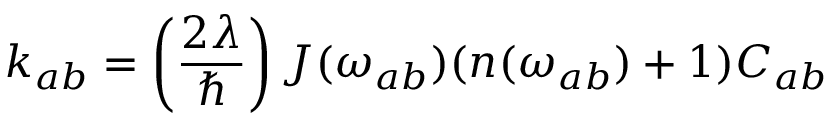
k _ { a b } = \left( \frac { 2 \lambda } { \hbar } \right) J ( \omega _ { a b } ) ( n ( \omega _ { a b } ) + 1 ) C _ { a b }